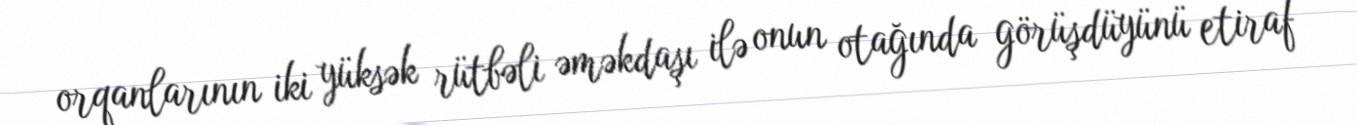
orqanlarının iki yüksək rütbəli əməkdaşı ilə onun otağında görüşdüyünü etiraf